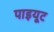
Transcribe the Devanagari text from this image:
पाइयूट